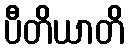
ပီတိယာတိ